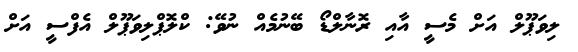
ލިވަޕޫލް އަށް މެސީ އާއި ރޮނާލްޑޯ ބޭނުމެއް ނުވޭ: ކްލޮޕްލިވަޕޫލް އެފްސީ އަށް